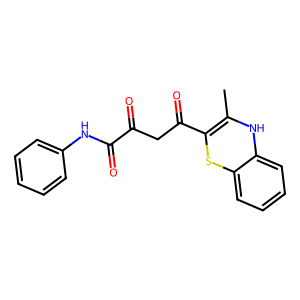
SMILES: CC1=C(C(=O)CC(=O)C(=O)Nc2ccccc2)Sc2ccccc2N1
Inhibits HIV replication: No